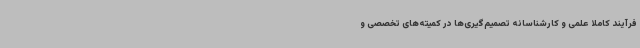
فرآیند کاملاً علمی و کارشناسانه تصمیم‌گیری‌ها در کمیته‌های تخصصی و